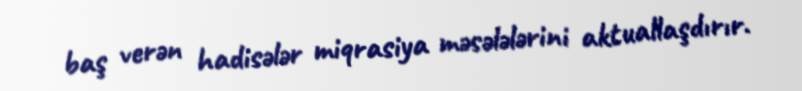
baş verən hadisələr miqrasiya məsələlərini aktuallaşdırır.